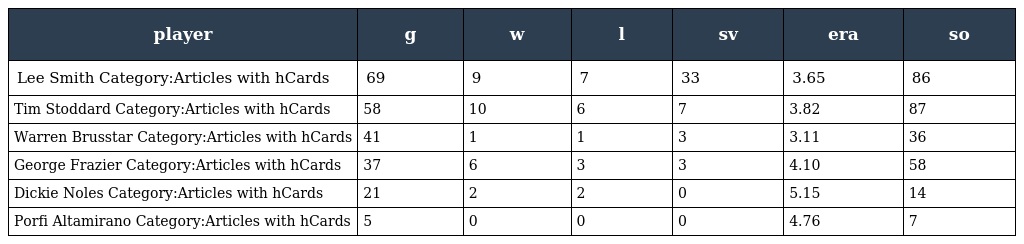
| player | g | w | l | sv | era | so |
 | --- | --- | --- | --- | --- | --- | --- |
 | Lee Smith Category:Articles with hCards | 69 | 9 | 7 | 33 | 3.65 | 86 |
 | Tim Stoddard Category:Articles with hCards | 58 | 10 | 6 | 7 | 3.82 | 87 |
 | Warren Brusstar Category:Articles with hCards | 41 | 1 | 1 | 3 | 3.11 | 36 |
 | George Frazier Category:Articles with hCards | 37 | 6 | 3 | 3 | 4.10 | 58 |
 | Dickie Noles Category:Articles with hCards | 21 | 2 | 2 | 0 | 5.15 | 14 |
 | Porfi Altamirano Category:Articles with hCards | 5 | 0 | 0 | 0 | 4.76 | 7 |